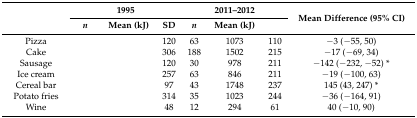
<table><thead><tr><td rowspan="2">[EMPTY_CELL]</td><td colspan="3"><b>1995</b></td><td colspan="3"><b>2011–2012</b></td><td rowspan="2"><b>Mean Difference (95% CI)</b></td></tr><tr><td><b><i>n</i></b></td><td><b>Mean (kJ)</b></td><td><b>SD</b></td><td><b><i>n</i></b></td><td><b>Mean (kJ)</b></td><td>[EMPTY_CELL]</td></tr></thead><tbody><tr><td>Pizza</td><td>[EMPTY_CELL]</td><td>[EMPTY_CELL]</td><td>120</td><td>63</td><td>1073</td><td>110</td><td>−3 (−55, 50)</td></tr><tr><td>Cake</td><td>[EMPTY_CELL]</td><td>[EMPTY_CELL]</td><td>306</td><td>188</td><td>1502</td><td>215</td><td>−17 (−69, 34)</td></tr><tr><td>Sausage</td><td>[EMPTY_CELL]</td><td>[EMPTY_CELL]</td><td>120</td><td>30</td><td>978</td><td>211</td><td>−142 (−232, −52) *</td></tr><tr><td>Ice cream</td><td>[EMPTY_CELL]</td><td>[EMPTY_CELL]</td><td>257</td><td>63</td><td>846</td><td>211</td><td>−19 (−100, 63)</td></tr><tr><td>Cereal bar</td><td>[EMPTY_CELL]</td><td>[EMPTY_CELL]</td><td>97</td><td>43</td><td>1748</td><td>237</td><td>145 (43, 247) *</td></tr><tr><td>Potato fries</td><td>[EMPTY_CELL]</td><td>[EMPTY_CELL]</td><td>314</td><td>35</td><td>1023</td><td>244</td><td>−36 (−164, 91)</td></tr><tr><td>Wine</td><td>[EMPTY_CELL]</td><td>[EMPTY_CELL]</td><td>48</td><td>12</td><td>294</td><td>61</td><td>40 (−10, 90)</td></tr></tbody></table>